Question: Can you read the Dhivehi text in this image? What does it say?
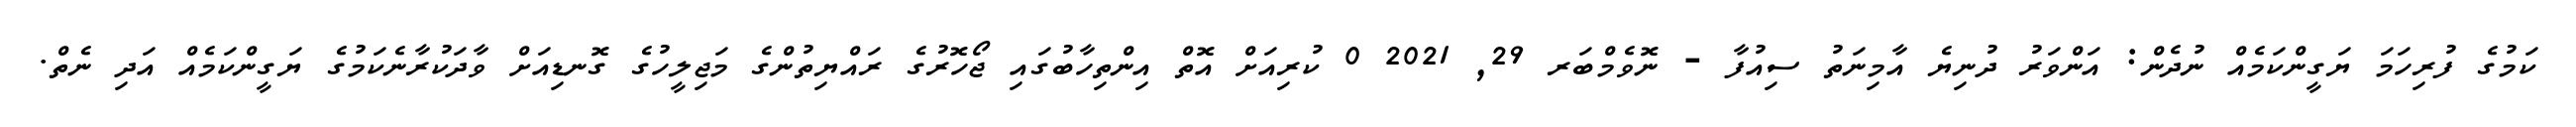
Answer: ކަމުގެ ފުރިހަމަ ޔަގީންކަމެއް ނުދެން: އަންވަރު ދުނިޔެ އާމިނަތު ސިއުފާ - ނޮވެމްބަރ 29, 2021 0 ކުރިއަށް އޮތް އިންތިހާބުގައި ޖޯހޮރުގެ ރައްޔިތުންގެ މަޖިލީހުގެ ގޮނޑިއަށް ވާދަކުރާނެކަމުގެ ޔަގީންކަމެއް އަދި ނެތް.